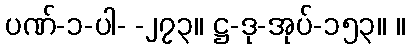
ပဏ်-၁-ပါ- -၂၇၃။ ဋ္ဌ-ဒု-အုပ်-၁၅၃။ ။